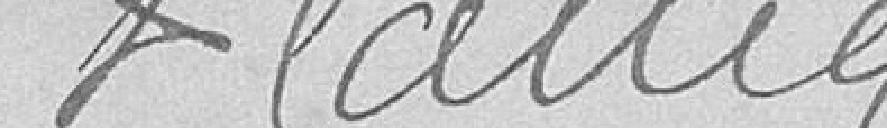
V. LALLIER